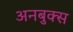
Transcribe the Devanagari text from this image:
अनबुक्स